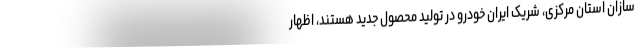
سازان استان مرکزی، شریک ایران خودرو در تولید محصول جدید هستند، اظهار